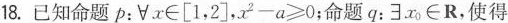
18.已知命题p：∀x \in[1，2]，$$x ^ { 2 } - a ≥ 0$$；命题q：∃ x _{ 0 } \inR，使得